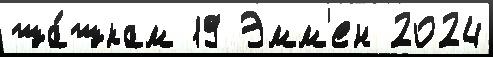
ша́шкам 19 Эмм'ен 2024